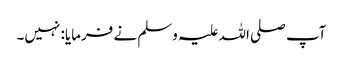
آپ صلی اللہ علیہ وسلم نے فرمایا: نہیں۔